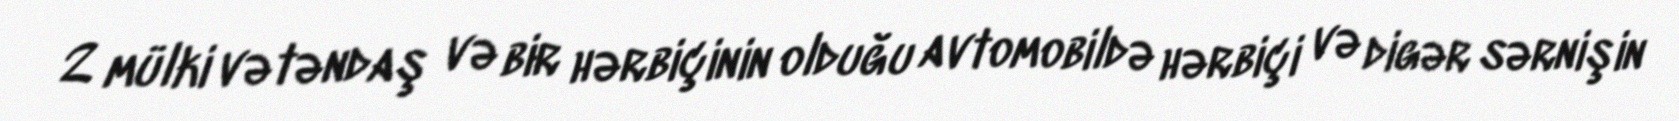
2 mülki vətəndaş və bir hərbiçinin olduğu avtomobildə hərbiçi və digər sərnişin